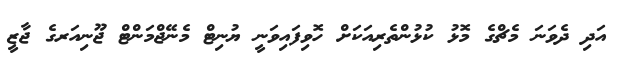
އަދި ދެވަނަ މެޗްގެ މޮޅު ކުޅުންތެރިއަކަށް ހޮވިފައިވަނީ ޔުނިޓް މެނޭޖްމަންޓް ޖޫނިއަރގެ ޖާޒީ